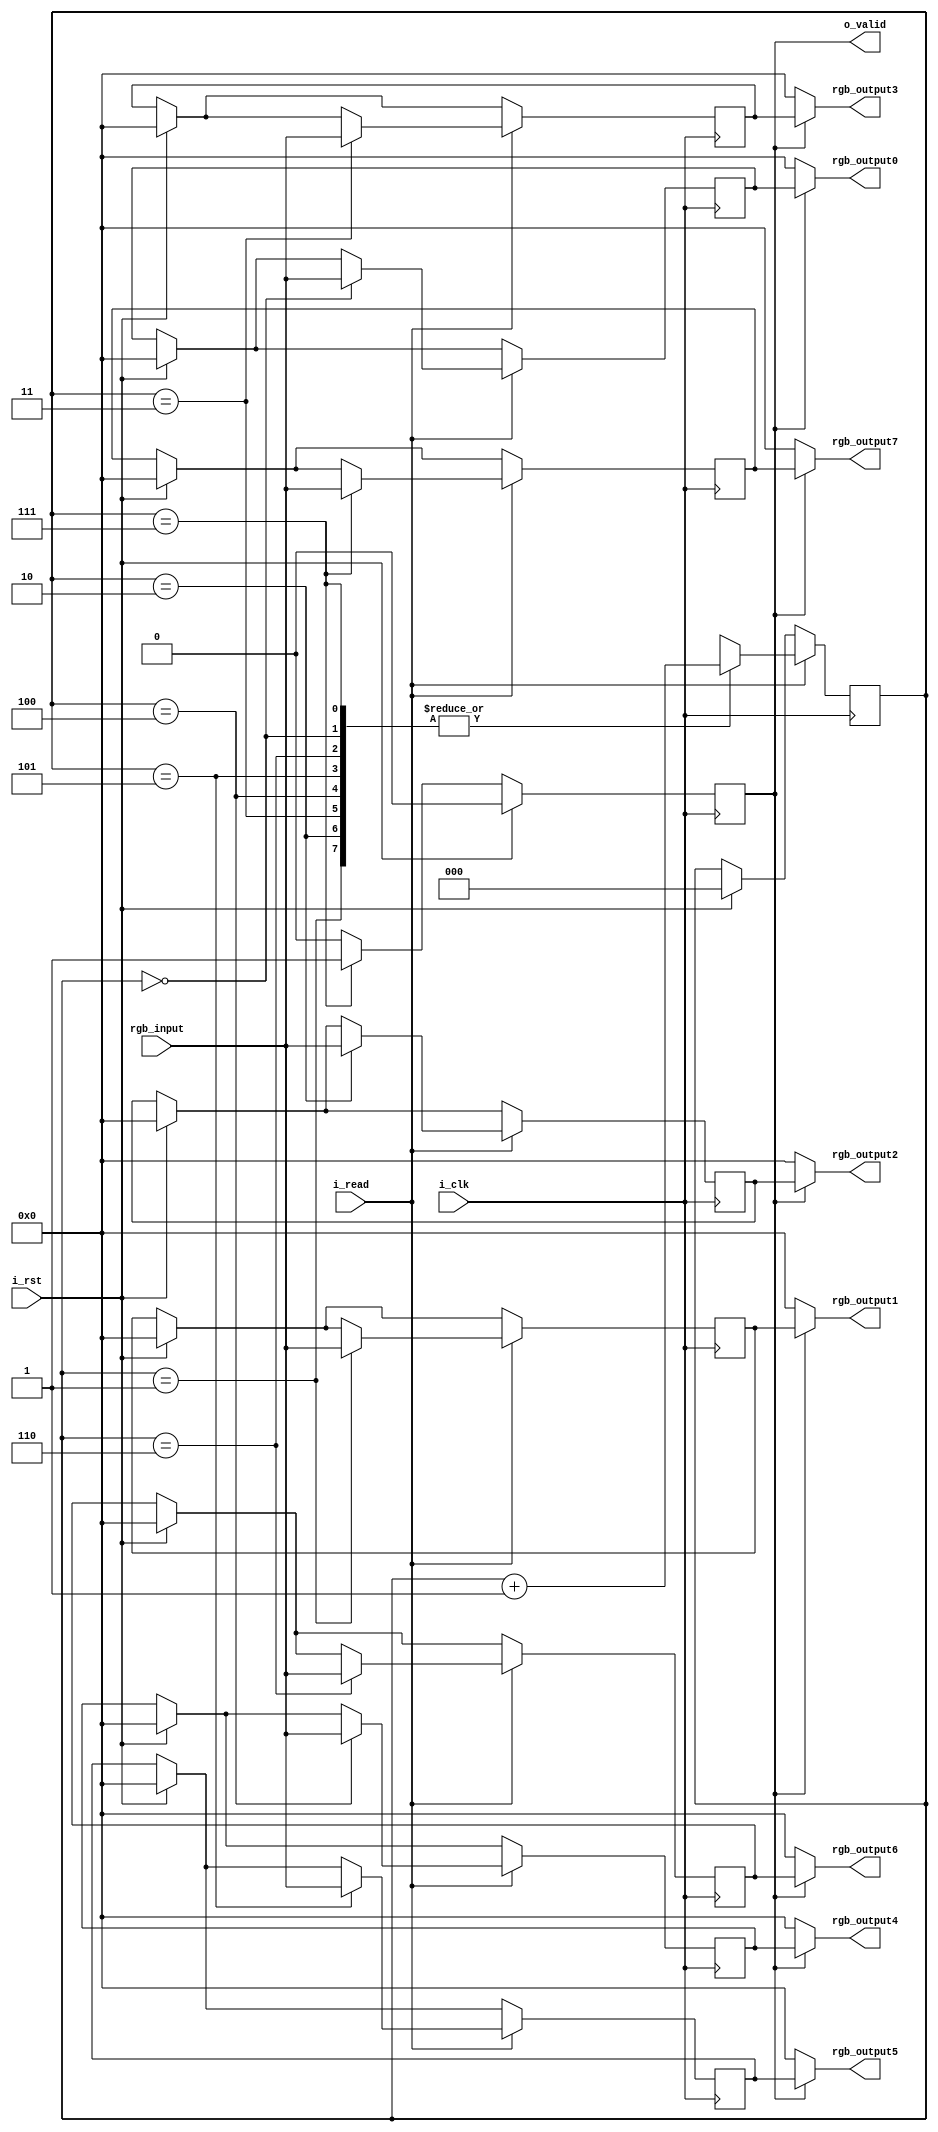
`timescale 1ns / 1ps
//////////////////////////////////////////////////////////////////////////////////
// Company: 
// Engineer: 
// 
// Design Name: 
// Module Name: rgb_buffer
// Project Name: 
// Target Devices: 
// Tool Versions: 
// Description: 
// 
// Dependencies: 
// 
// Revision:
// Revision 0.01 - File Created
// Additional Comments:
// 
//////////////////////////////////////////////////////////////////////////////////


module rgb_buffer(
    input i_clk,
    input i_rst,
    input [23:0] rgb_input,
    input i_read,
    
    output [23:0] rgb_output0,
    output [23:0] rgb_output1,
    output [23:0] rgb_output2,
    output [23:0] rgb_output3,
    output [23:0] rgb_output4,
    output [23:0] rgb_output5,
    output [23:0] rgb_output6,
    output [23:0] rgb_output7,
    output o_valid
    );
    reg [23:0] buffer [7:0];
    reg [2:0] counter;
    reg out_sig;
    always@(posedge i_clk) begin
        if(i_rst) begin
            counter <= 0;
            buffer[0] <= 0;
            buffer[1] <= 0;
            buffer[2] <= 0;
            buffer[3] <= 0;
            buffer[4] <= 0;
            buffer[5] <= 0;
            buffer[6] <= 0;
            buffer[7] <= 0;
        end
        if(i_read) begin
            case(counter) 
                0 : begin
                    buffer[0] <= rgb_input;
                    counter <= counter +1;
                end
                1: begin
                    buffer[1] <= rgb_input;
                    counter <= counter +1;
                end
                2: begin
                    buffer[2] <= rgb_input;
                    counter <= counter +1;
                end
                3: begin
                    buffer[3] <= rgb_input;
                    counter <= counter +1;
                end
                4: begin
                    buffer[4] <= rgb_input;
                    counter <= counter +1;
                end
                5: begin
                    buffer[5] <= rgb_input;
                    counter <= counter +1;
                end
                6: begin
                    buffer[6] <= rgb_input;
                    counter <= counter +1;
                end
                7: begin
                    buffer[7] <= rgb_input;
                    counter <= counter +1;
                end
            endcase
        end
    end

    always@(posedge i_clk)begin
        if(i_rst)begin
            out_sig <= 0;
        end
        else begin
            if(counter == 7)begin
                out_sig <= 1;
            end
            else begin
                out_sig <= 0;
            end
        end
    end

    assign o_valid = out_sig;

    assign rgb_output0 = (out_sig) ? buffer[0] : 0;
    assign rgb_output1 = (out_sig) ? buffer[1] : 0;
    assign rgb_output2 = (out_sig) ? buffer[2] : 0;
    assign rgb_output3 = (out_sig) ? buffer[3] : 0;
    assign rgb_output4 = (out_sig) ? buffer[4] : 0;
    assign rgb_output5 = (out_sig) ? buffer[5] : 0;
    assign rgb_output6 = (out_sig) ? buffer[6] : 0;
    assign rgb_output7 = (out_sig) ? buffer[7] : 0;

endmodule